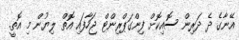
އޭނާގެ ދެ ދަރިން ސޮއިކޮށް ފިންގަޕްރިންޓް ޖަހާފައި އޮތް ލިޔުން މި އޮތީ.